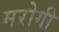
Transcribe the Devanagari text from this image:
मरोगी